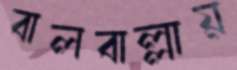
বালবাল্লায়